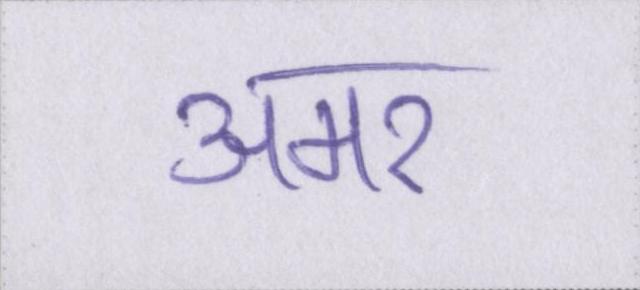
अमर